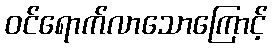
ဝင်ရောက်လာသောကြောင့်